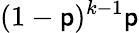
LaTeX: (1-\mathsf{p})^{k-1}\mathsf{p}